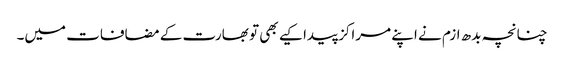
چنانچہ بدھ ازم نے اپنے مراکز پیدا کیے بھی تو بھارت کے مضافات میں۔